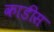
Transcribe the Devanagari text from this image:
काडीस